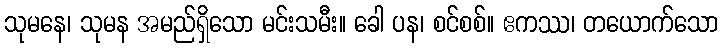
သုမနေ၊ သုမန အမည်ရှိသော မင်းသမီး။ ခေါ ပန၊ စင်စစ်။ ဧကဿ၊ တယောက်သော